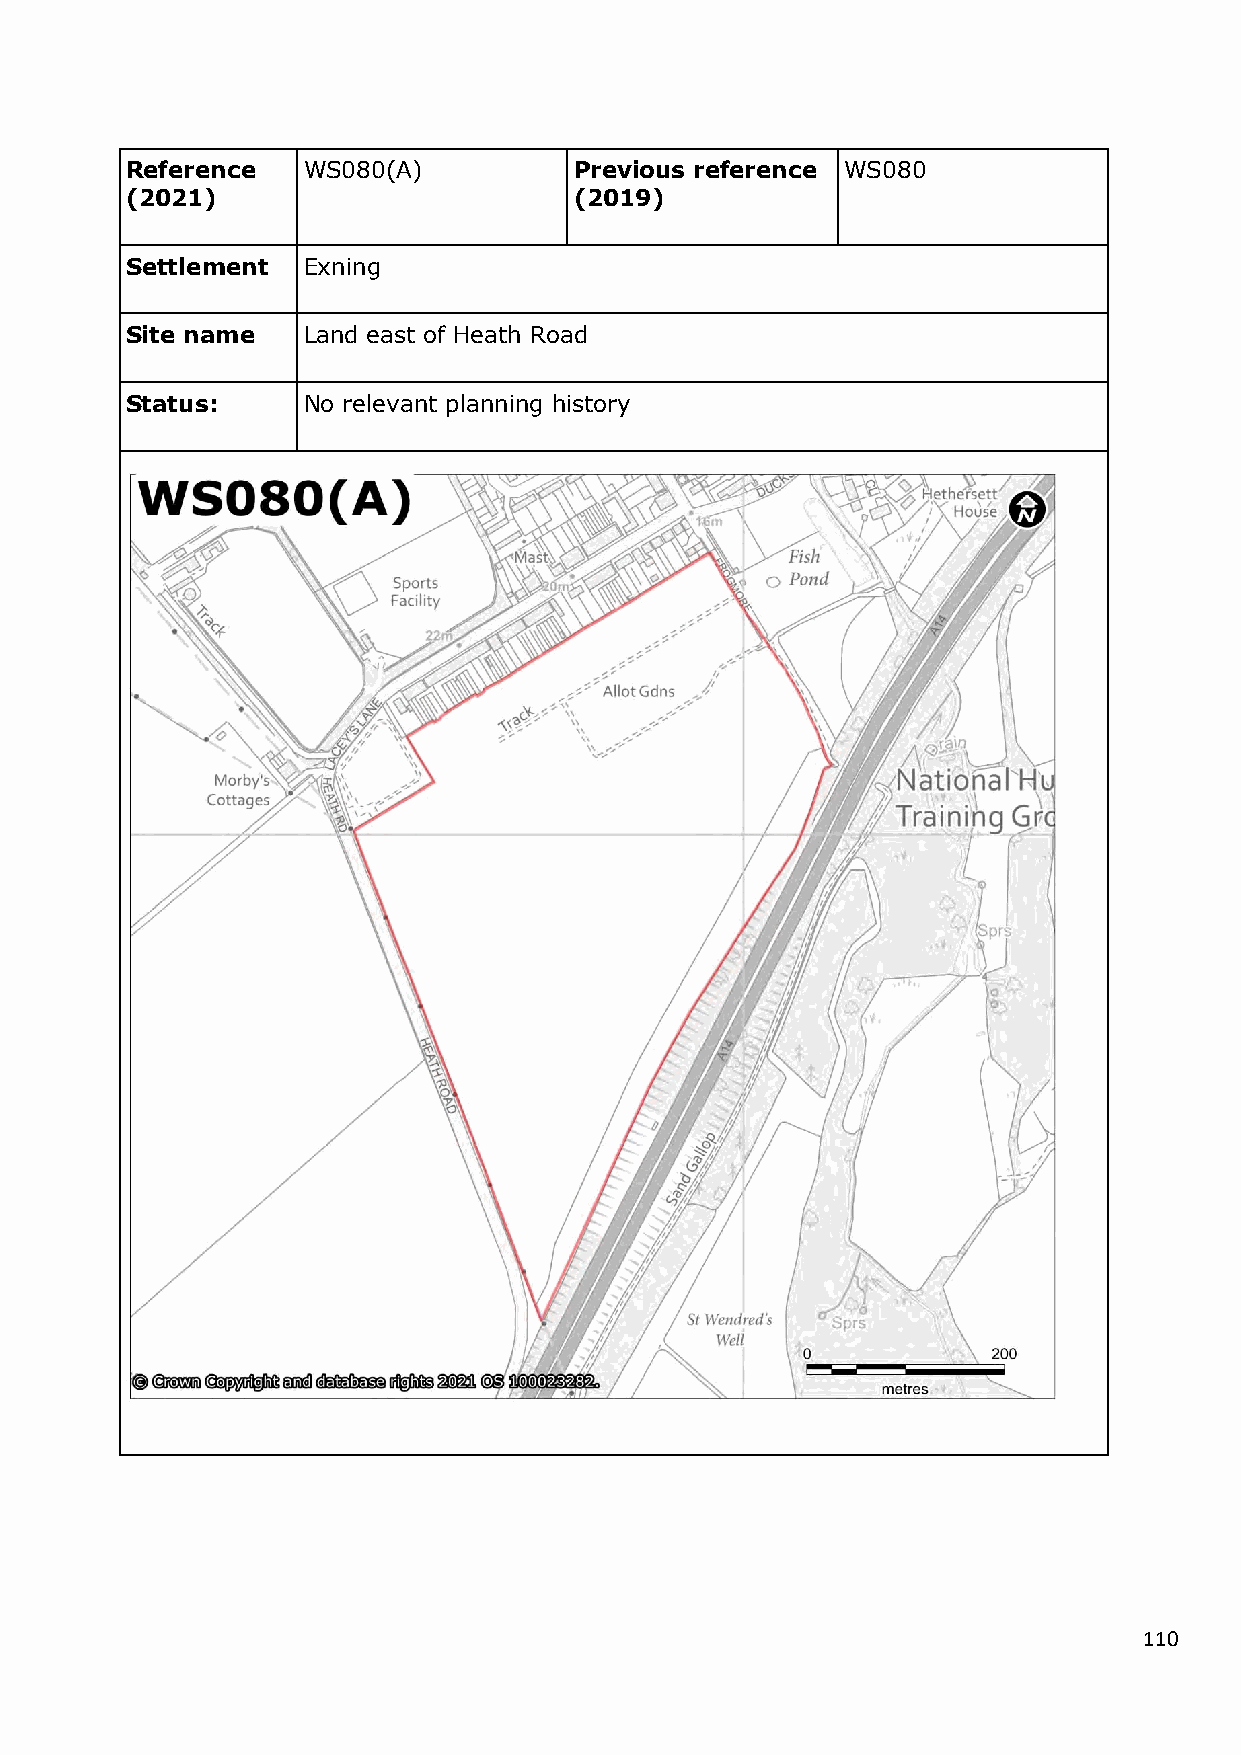
Reference   WS080(A)          Previous reference WS080
 (2021)                        (2019)
 Settlement  Exning
 Site name   Land east of Heath Road
 Status:     No relevant planning history
 110